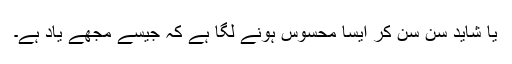
یا شاید سنُ سنُ کر ایسا محسوس ہونے لگا ہے کہ جیسے مجھے یاد ہے۔